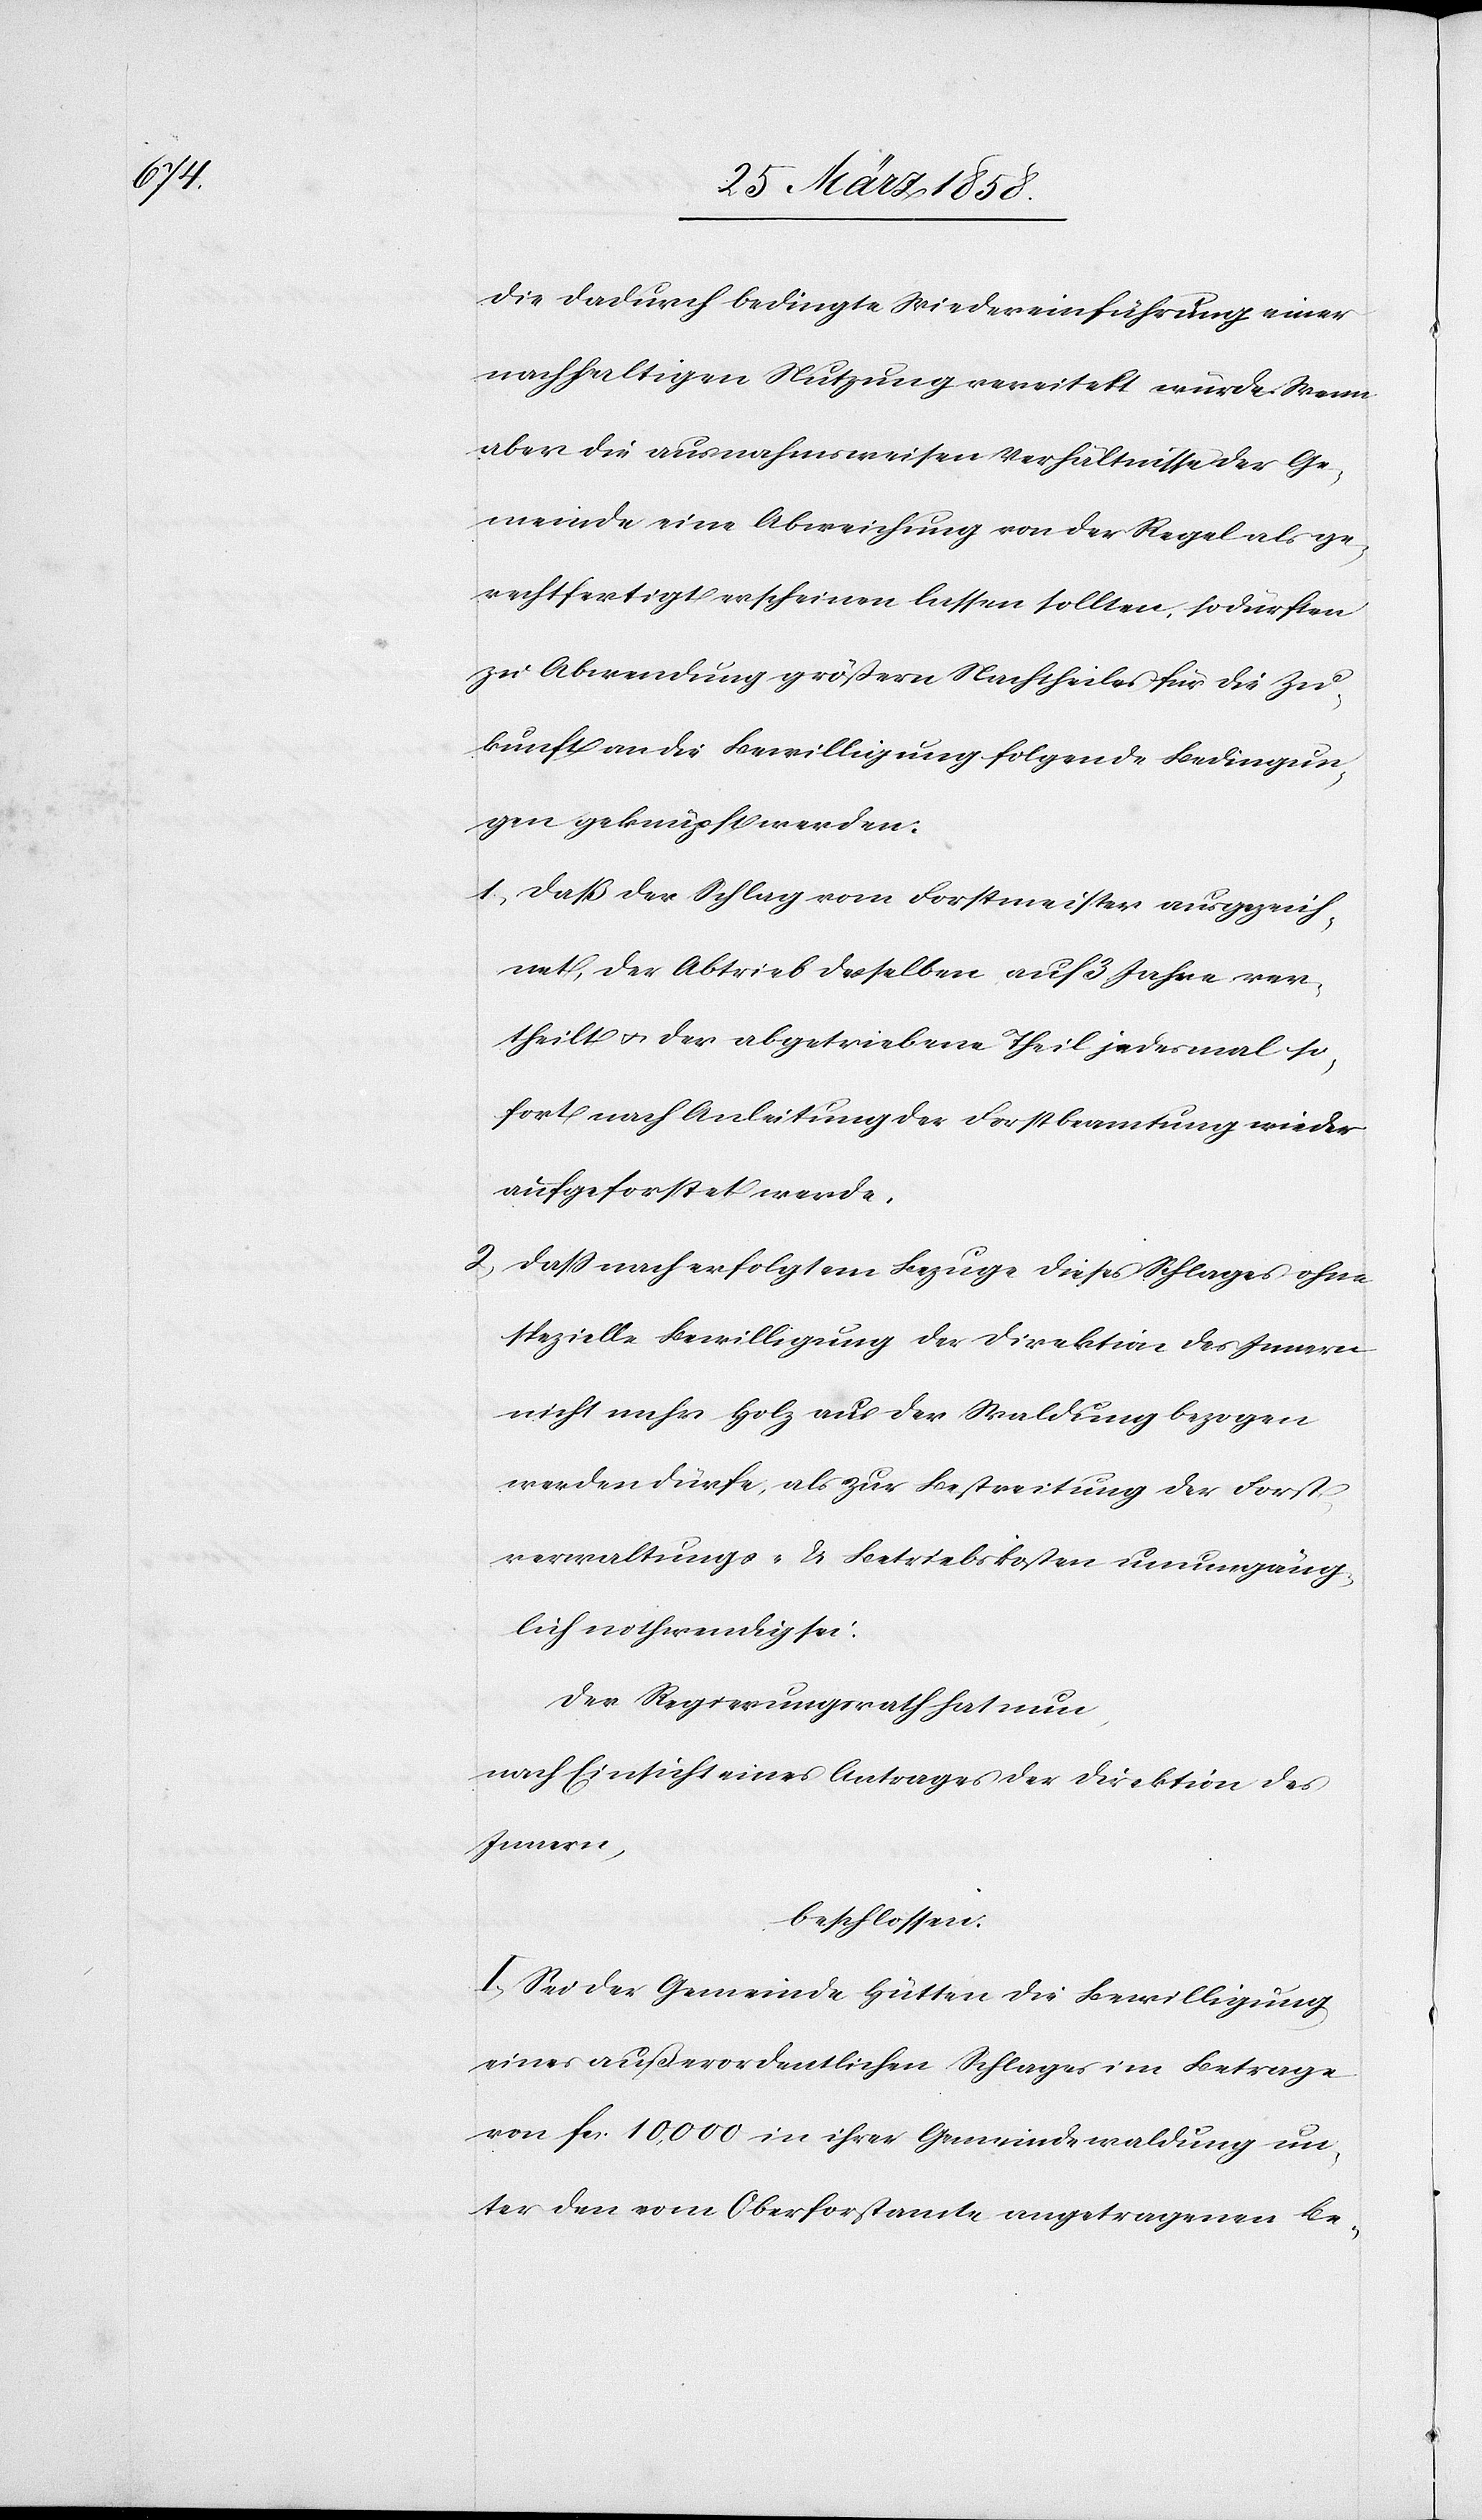
die dadurch bedingte Wiedereinführung einer
nachhaltigen Nutzung vereitelt würde. Wenn
aber die ausnahmsweisen Verhältnisse der Ge¬
meinde eine Abweichung von der Regel als ge¬
rechtfertigt erscheinen lassen sollten, so dürften
zu Abwendung größern Nachtheiles für die Zu¬
kunft an die Bewilligung folgende Bedingun¬
gen geknüpft werden:
1) Daß der Schlag vom Forstmeister ausgezeich¬
net, der Abtrieb desselben auf 3 Jahre ver¬
theilt u. der abgetriebene Theil jedesmal so¬
fort nach Anleitung der Fortsbeamtung wieder
aufgeforstet werde.
2) Daß nach erfolgtem Bezug dieses Schlages ohne
spezielle Bewilligung der Direktion des Innern
nicht mehr Holz aus der Waldung bezogen
werden dürfe, als zur Bestreitung der Forst¬
verwaltungs- u. Betriebskosten unumgäng¬
lich nothwendig sei.
Der Regierungsrath hat nun,
nach Einsicht eines Antrages der Direktion des
Innern,
beschlossen:
I. Sei der Gemeinde Hütten die Bewilligung
eines außerordentlichen Schlages im Betrage
von fcs. 10,000 in ihrer Gemeindewaldung un¬
ter den vom Oberforstamte angetragenen Be-